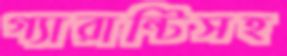
গ্যারান্টিসহ